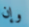
وإن